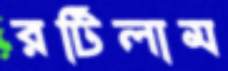
রটিলাম